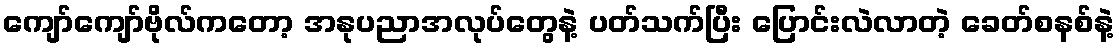
ကျော်ကျော်ဗိုလ်ကတော့ အနုပညာအလုပ်တွေနဲ့ ပတ်သက်ပြီး ပြောင်းလဲလာတဲ့ ခေတ်စနစ်နဲ့